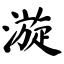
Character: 漩